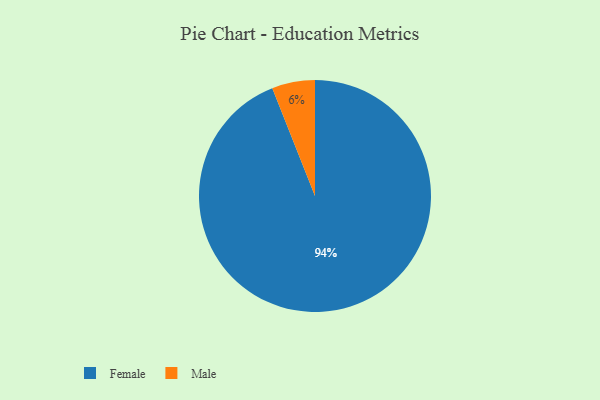
{"axis": {"x": "Category", "y": "Percentage"}, "legend": ["Female", "Male"], "data": [{"x": "Female", "y": 94, "type": "Female"}, {"x": "Male", "y": 6, "type": "Male"}]}